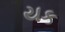
યક